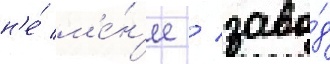
н'е́ м'е́н'ее / заво́д